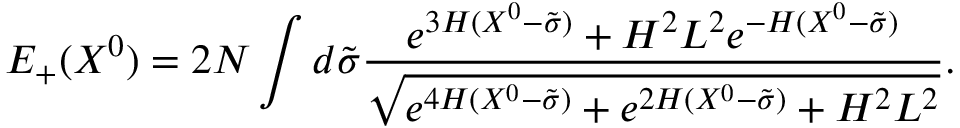
E _ { + } ( X ^ { 0 } ) = 2 N \int d \tilde { \sigma } \frac { e ^ { 3 H ( X ^ { 0 } - \tilde { \sigma } ) } + H ^ { 2 } L ^ { 2 } e ^ { - H ( X ^ { 0 } - \tilde { \sigma } ) } } { \sqrt { e ^ { 4 H ( X ^ { 0 } - \tilde { \sigma } ) } + e ^ { 2 H ( X ^ { 0 } - \tilde { \sigma } ) } + H ^ { 2 } L ^ { 2 } } } .